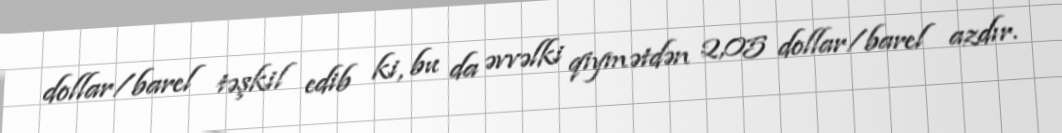
dollar/barel təşkil edib ki, bu da əvvəlki qiymətdən 2,05 dollar/barel azdır.